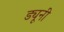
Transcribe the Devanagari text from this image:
ड्यूनी